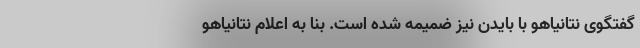
گفتگوی نتانیاهو با بایدن نیز ضمیمه شده است. بنا به اعلام نتانیاهو